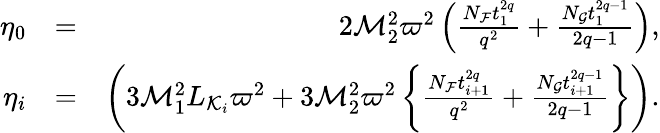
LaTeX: \begin{array}{rlr}{\eta_{0}}&{=}&{2{\cal M}_{2}^{2}\varpi^{2}\left(\frac{N_{\cal F}t_{1}^{2q}}{q^{2}}+\frac{N_{\cal G}t_{1}^{2q-1}}{2q-1}\right),}\\ {\eta_{i}}&{=}&{\left(3{\cal M}_{1}^{2}L_{{\cal K}_{i}}\varpi^{2}+3{\cal M}_{2}^{2}\varpi^{2}\left\{ \frac{N_{\cal F}t_{i+1}^{2q}}{q^{2}}+\frac{N_{\cal G}t_{i+1}^{2q-1}}{2q-1}\right\} \right).}\end{array}